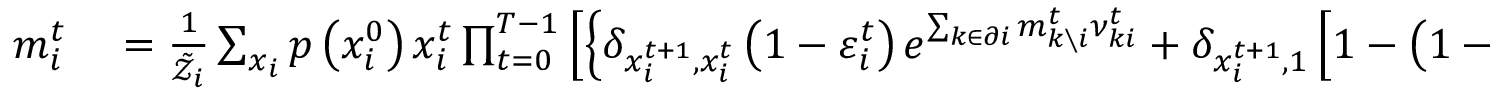
\begin{array} { r l } { m _ { i } ^ { t } } & { { } = \frac { 1 } { \tilde { \mathcal { Z } } _ { i } } \sum _ { \boldsymbol { x } _ { i } } p \left( x _ { i } ^ { 0 } \right) x _ { i } ^ { t } \prod _ { t = 0 } ^ { T - 1 } \left[ \left\{ \delta _ { x _ { i } ^ { t + 1 } , x _ { i } ^ { t } } \left( 1 - \varepsilon _ { i } ^ { t } \right) e ^ { \sum _ { k \in \partial i } m _ { k \setminus i } ^ { t } \nu _ { k i } ^ { t } } + \delta _ { x _ { i } ^ { t + 1 } , 1 } \left[ 1 - \left( 1 - \varepsilon _ { i } ^ { t } \right) e ^ { \sum _ { k \in \partial i } m _ { k \setminus i } ^ { t } \nu _ { k i } ^ { t } } \right] \right\} \right. } \end{array}